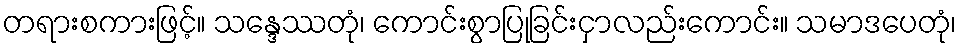
တရားစကားဖြင့်။ သန္ဒေဿတုံ၊ ကောင်းစွာပြုခြင်းငှာလည်းကောင်း။ သမာဒပေတုံ၊